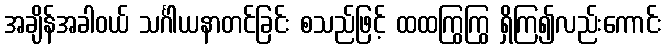
အချိန်အခါဝယ် သင်္ဂါယနာတင်ခြင်း စသည်ဖြင့် ထထကြွကြွ ရှိကြ၍လည်းကောင်း